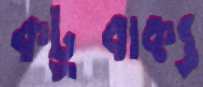
কটুবাক্য